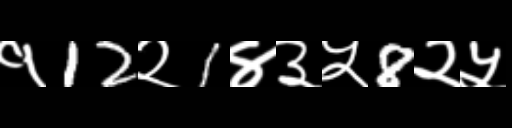
Text: १12२1४३५8२५